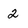
Character: 2